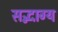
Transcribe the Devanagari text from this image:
सद्भाग्य